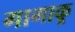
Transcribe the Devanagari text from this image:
गागाकू